Annual report on the Civil Veterinary Department, Burma (including the Insein Veterinary School) - 1932-1941
Year: 1932
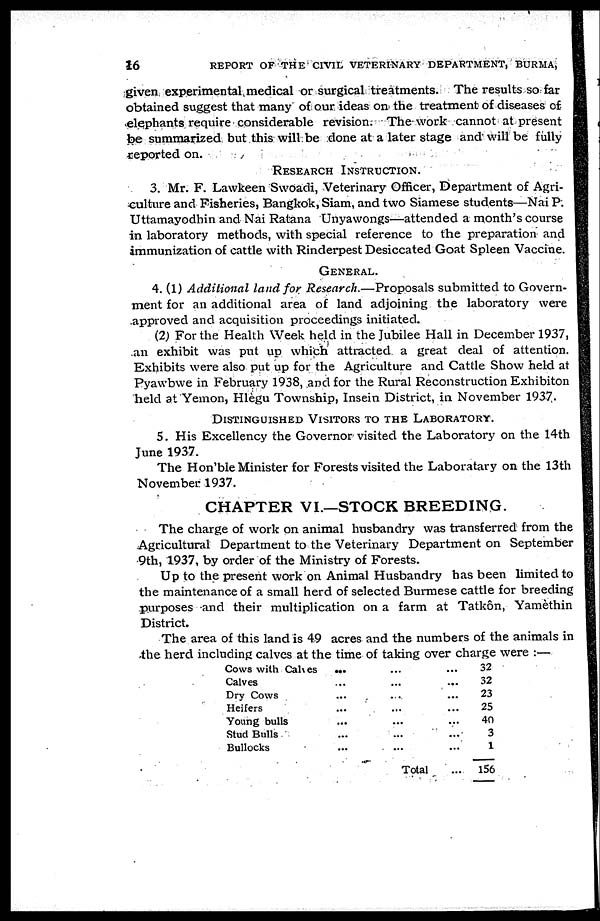
16
REPORT OF THE CIVIL VETERINARY DEPARTMENT, BURMA,
given experimental medical or surgical treatments. The results so far
obtained suggest that many of our ideas on the treatment of diseases of
elephants require considerable revision. The work cannot at present
be summarized but this will be done at a later stage and will be fully
reported on.
RESEARCH INSTRUCTION.
3. Mr. F. Lawkeen Swoadi, Veterinary Officer, Department of Agri-
culture and Fisheries, Bangkok, Siam, and two Siamese students—Nai P.
Uttamayodhin and Nai Ratana Unyawongs—attended a month's course
in laboratory methods, with special reference to the preparation and
immunization of cattle with Rinderpest Desiccated Goat Spleen Vaccine.
GENERAL.
4. (1) Additional land for Research.—Proposals submitted to Govern-
ment for an additional area of land adjoining the laboratory were
approved and acquisition proceedings initiated.
(2) For the Health Week held in the Jubilee Hall in December 1937,
an exhibit was put up which attracted a great deal of attention.
Exhibits were also put up for the Agriculture and Cattle Show held at
Pyawbwe in February 1938, and for the Rural Reconstruction Exhibiton
held at Yemon, Hlègu Township, Insein District, in November 1937.
DISTINGUISHED VISITORS TO THE LABORATORY.
5. His Excellency the Governor visited the Laboratory on the 14th
June 1937.
The Hon'ble Minister for Forests visited the Laboratary on the 13th
November 1937.
CHAPTER VI—STOCK BREEDING.
The charge of work on animal husbandry was transferred from the
Agricultural Department to the Veterinary Department on September
9th, 1937, by order of the Ministry of Forests.
Up to the present work on Animal Husbandry has been limited to
the maintenance of a small herd of selected Burmese cattle for breeding
purposes and their multiplication on a farm at Tatkôn, Yamèthin
District.
The area of this land is 49 acres and the numbers of the animals in
the herd including calves at the time of taking over charge were :—
Cows with Calves
Calves
Dry Cows
Heifers
Young bulls
Stud Bulls
Bullocks
...
...
...
...
...
...
...
...
...
...
...
...
...
...
Total
...
...
...
...
...
...
...
...
32
32
23
25
40
3
1
156